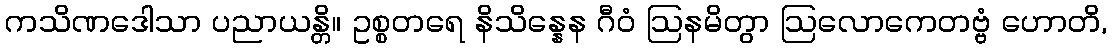
ကသိဏဒေါသာ ပညာယန္တိ။ ဥစ္စတရေ နိသိန္နေန ဂီဝံ ဩနမိတွာ ဩလောကေတဗ္ဗံ ဟောတိ,